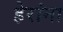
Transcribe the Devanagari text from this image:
हेरांना